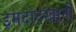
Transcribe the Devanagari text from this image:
इमदादखानी